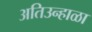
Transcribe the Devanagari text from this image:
अतिउन्हाळा